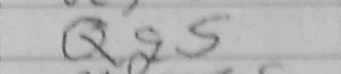
Transcription: Qg5